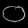
Digit: ၀